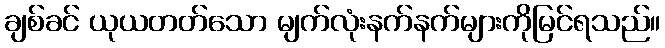
ချစ်ခင် ယုယတတ်သော မျက်လုံးနက်နက်များကိုမြင်ရသည်။